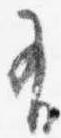
有